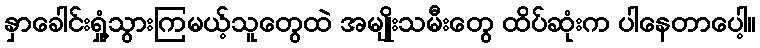
နှာခေါင်းရှုံ့သွားကြမယ့်သူတွေထဲ အမျိုးသမီးတွေ ထိပ်ဆုံးက ပါနေတာပေါ့။